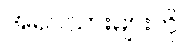
အရပ်သားများကို